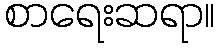
စာရေးဆရာ။